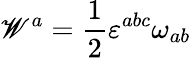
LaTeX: \mathscr{W}^{a}=\frac{{1}}{{2}}{\varepsilon}^{abc}{\omega}_{ab}